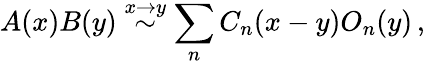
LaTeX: A(x)B(y)\stackrel{x\rightarrow y}{\sim}\sum_{n}C_{n}(x-y)O_{n}(y)\, ,